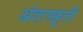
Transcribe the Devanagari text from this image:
अंतःस्फूर्ती